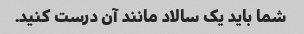
شما باید یک سالاد مانند آن درست کنید.